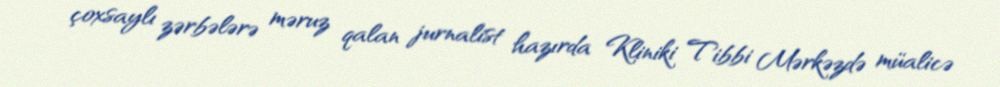
çoxsaylı zərbələrə məruz qalan jurnalist hazırda Kliniki Tibbi Mərkəzdə müalicə